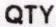
QTY